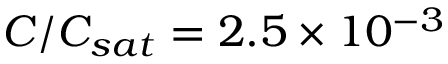
C / C _ { s a t } = 2 . 5 \times 1 0 ^ { - 3 }